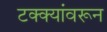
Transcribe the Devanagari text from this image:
टक्‍क्‍यांवरून